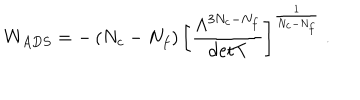
W _ { A D S } = - \left( N _ { c } - N _ { f } \right) \left[ \frac { \Lambda ^ { 3 N _ { c } - N _ { f } } } { \mathrm { d e t } T } \right] ^ { \frac { 1 } { N _ { c } - N _ { f } } } \ .